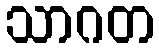
သာဂတ